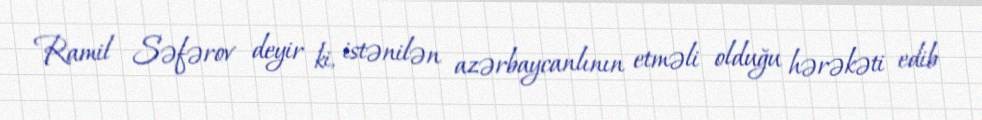
Ramil Səfərov deyir ki, istənilən azərbaycanlının etməli olduğu hərəkəti edib